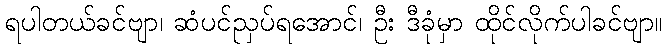
ရပါတယ်ခင်ဗျာ၊ ဆံပင်ညှပ်ရအောင်၊ ဦး ဒီခုံမှာ ထိုင်လိုက်ပါခင်ဗျာ။